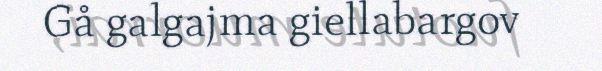
Gå galgajma giellabargov